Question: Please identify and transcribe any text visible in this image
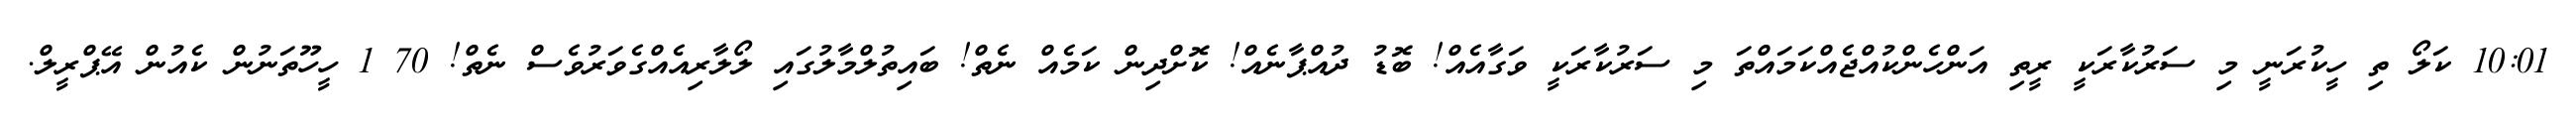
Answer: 10:01 ކަލޯ ތި ހީކުރަނީ މި ސަރުކާރަކީ ރީތި އަންހެންކުއްޖެއްކަމައްތަ މި ސަރުކާރަކީ ވަގާއެއް! ބޮޑު ދުއްޕާނެއް! ކޮށްދިން ކަމެއް ނެތް! ބައިތުލްމާލުގައި ލޯލާރިއެއްގެވަރުވެސް ނެތް! 70 1 ހީހޫތަނުން ކެއުން އޭޕްރީލް.